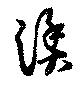
漁